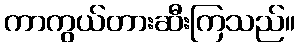
ကာကွယ်တားဆီးကြသည်။